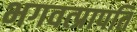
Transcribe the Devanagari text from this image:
भगवत्प्रापति